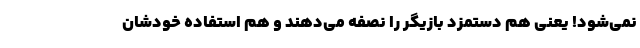
نمی‌شود! یعنی هم دستمزد بازیگر را نصفه می‌دهند و هم استفاده خودشان